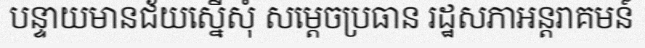
បន្ទាយមានជ័យស្នើសុំ សម្តេចប្រធាន រដ្ឋសភាអន្តរាគមន៍